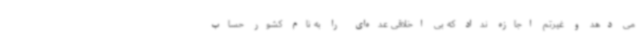
می دهد و غیرتم اجازه نداد که بی اخلاقی عده‌ای را به نام کشور حساب